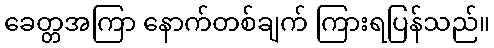
ခေတ္တအကြာ နောက်တစ်ချက် ကြားရပြန်သည်။